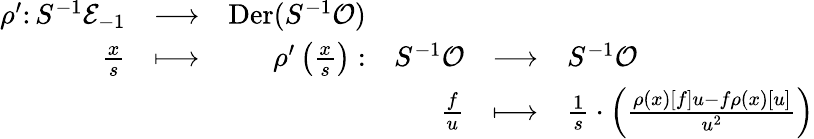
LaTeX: \begin{array}{r}{\begin{array}{rcrrcl}{\rho^{\prime}\colon S^{-1}\mathcal{E}_{-1}}&{\longrightarrow}&{\mathrm{Der}(S^{-1}\mathcal O)}&&&\\ {\frac{x}{s}}&{\longmapsto}&{\rho^{\prime}\left(\frac{x}{s}\right):}&{S^{-1}\mathcal O}&{\longrightarrow}&{S^{-1}\mathcal O}\\ &&&{\frac{f}{u}}&{\longmapsto}&{\frac{1}{s}\cdot\left(\frac{\rho(x)[f]u-f\rho(x)[u]}{u^{2}}\right)}\end{array}}\end{array}